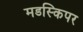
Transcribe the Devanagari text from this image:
मडस्किपर